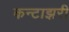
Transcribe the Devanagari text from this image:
कन्टाझरी